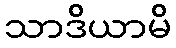
သာဒိယာမိ